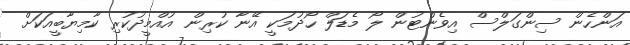
އަންހެން ސިންގަލްސް އިވެންޓުން ލޯ މެޑަލް ހޯދުމަކީ އޭނާ ކުރިން އުއްމީދުކުރި ކާމިޔާބީއަކަށް